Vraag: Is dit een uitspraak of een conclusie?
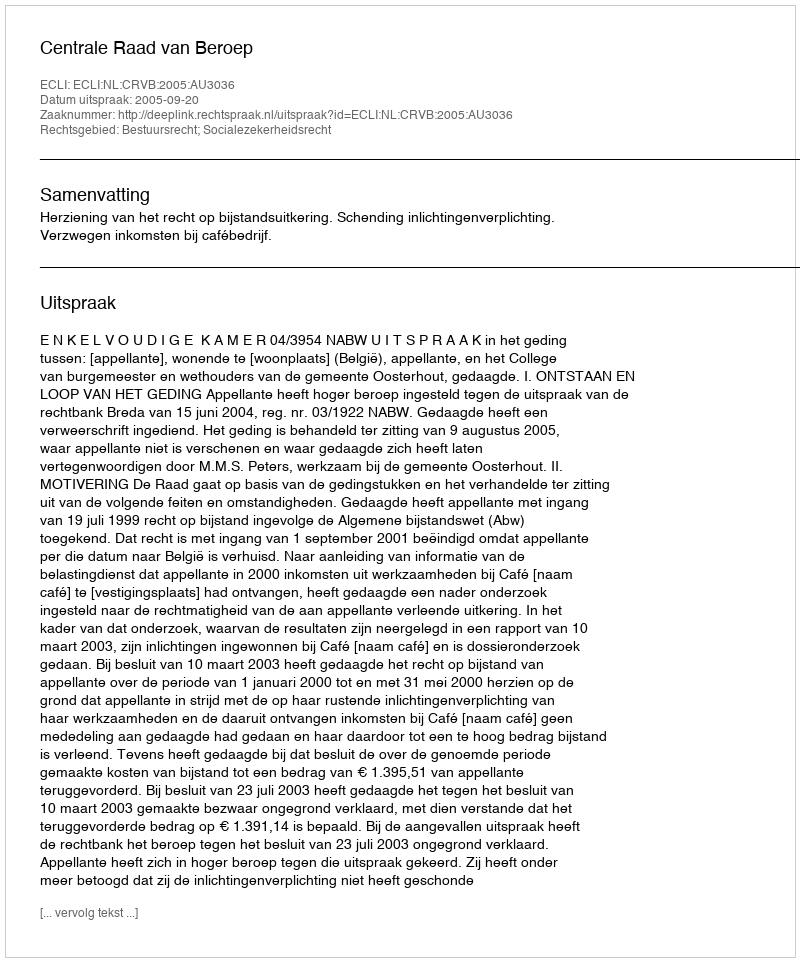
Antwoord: Uitspraak